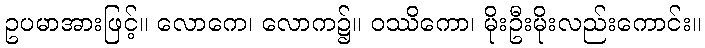
ဥပမာအားဖြင့်။ လောကေ၊ လောက၌။ ဝဿိကော၊ မိုးဦးမိုးလည်းကောင်း။